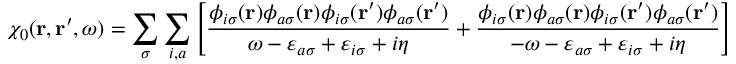
\chi _ { 0 } ( \mathbf { r } , \mathbf { r } ^ { \prime } , \omega ) = \sum _ { \sigma } \sum _ { i , a } \left[ \frac { \phi _ { i \sigma } ( \mathbf { r } ) \phi _ { a \sigma } ( \mathbf { r } ) \phi _ { i \sigma } ( \mathbf { r } ^ { \prime } ) \phi _ { a \sigma } ( \mathbf { r } ^ { \prime } ) } { \omega - \varepsilon _ { a \sigma } + \varepsilon _ { i \sigma } + i \eta } + \frac { \phi _ { i \sigma } ( \mathbf { r } ) \phi _ { a \sigma } ( \mathbf { r } ) \phi _ { i \sigma } ( \mathbf { r } ^ { \prime } ) \phi _ { a \sigma } ( \mathbf { r } ^ { \prime } ) } { - \omega - \varepsilon _ { a \sigma } + \varepsilon _ { i \sigma } + i \eta } \right]